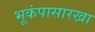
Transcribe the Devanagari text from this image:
भूकंपासारखा